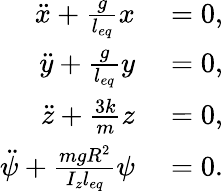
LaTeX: \begin{array}{rl}{\ddot{x}+\frac{g}{l_{eq}}x}&{{}=0,}\\ {\ddot{y}+\frac{g}{l_{eq}}y}&{{}=0,}\\ {\ddot{z}+\frac{3k}{m}z}&{{}=0,}\\ {\ddot{\psi}+\frac{mgR^{2}}{I_{z}l_{eq}}\psi}&{{}=0.}\end{array}